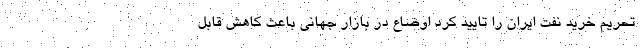
تحریم خرید نفت ایران را تایید کرد اوضاع در بازار جهانی باعث کاهش قابل